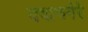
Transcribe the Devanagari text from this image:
दवाणगेरे